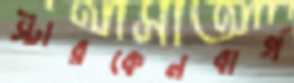
স্টারকেনবার্গ